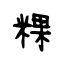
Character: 粿